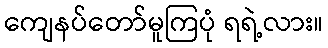
ကျေနပ်တော်မူကြပုံ ရရဲ့လား။